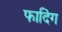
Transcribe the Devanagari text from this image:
फादिंग